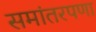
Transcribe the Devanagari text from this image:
समांतरपणा